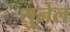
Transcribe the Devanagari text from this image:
सुनेल